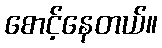
စောင့်နေတယ်။